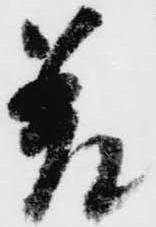
差